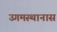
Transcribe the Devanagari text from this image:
उगमस्थानास